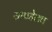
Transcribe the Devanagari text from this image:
सापडेलच